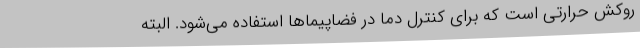
روکش حرارتی است که برای کنترل دما در فضاپیماها استفاده می‌شود. البته